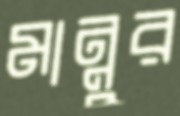
মান্নুর